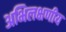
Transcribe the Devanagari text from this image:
अभिलक्षणीय